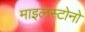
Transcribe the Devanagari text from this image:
माइलस्टोनो